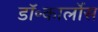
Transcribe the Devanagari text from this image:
डॉ॰कार्लोस